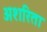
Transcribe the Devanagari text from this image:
अशरिता